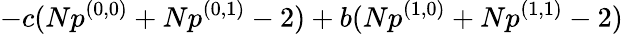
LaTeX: -c(Np^{(0,0)}+Np^{(0,1)}-2)+b(Np^{(1,0)}+Np^{(1,1)}-2)